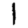
Digit: 1